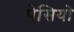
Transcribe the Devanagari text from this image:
पेसियो